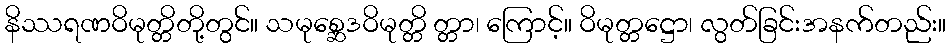
နိဿရဏဝိမုတ္တိတို့တွင်။ သမုစ္ဆေဒဝိမုတ္တိ တ္တာ၊ ကြောင့်။ ဝိမုတ္တဋ္ဌော၊ လွတ်ခြင်းအနက်တည်း။